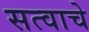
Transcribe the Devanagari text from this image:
सत्वाचे